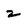
Character: 2